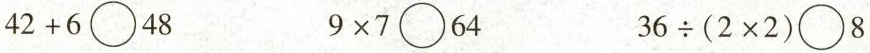
$$4 2 + 6 \bigcirc 4 8$$ $$9 \times 7 \bigcirc 6 4$$ $$3 6 \div ( 2 x 2 ) \bigcirc 8$$